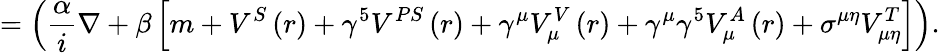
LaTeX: =\left(\frac{\alpha}{i}\nabla+\beta\left[m+V^{S}\left(r\right)+\gamma^{5}V^{PS}\left(r\right)+\gamma^{\mu}V_{\mu}^{V}\left(r\right)+\gamma^{\mu}\gamma^{5}V_{\mu}^{A}\left(r\right)+\sigma^{\mu\eta}V_{\mu\eta}^{T}\right]\right).